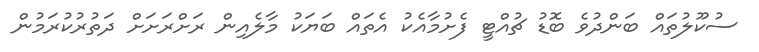
ސުކޫލުތައް ބަންދުވެ ބޮޑު ޗުއްޓީ ފެށުމާއެކު އެތައް ބަޔަކު މާލެއިން ރަށްރަށަށް ދަތުރުކުރަމުން